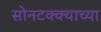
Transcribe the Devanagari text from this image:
सोनटक्क्याच्या